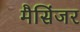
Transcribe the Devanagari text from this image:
मैसिंजर